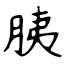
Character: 胰